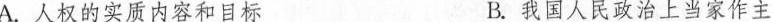
A.人权的实质内容和目标 B.我国人民政治上当家作主